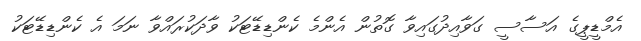
އެމްޑީޕީގެ އަސާސީ ގަވާއިދުގައިވާ ގޮތުން އެންމެ ކެންޑިޑޭޓަކު ވާދަކުރައްވާ ނަމަ އެ ކެންޑިޑޭޓަކު